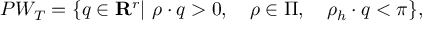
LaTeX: P W _ { T } = \{ q \in { \bf R } ^ { r } | \ \rho \cdot q > 0 , \quad \rho \in \Pi , \quad \rho _ { h } \cdot q < \pi \} ,